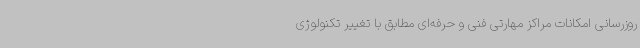
روزرسانی امکانات مراکز مهارتی فنی و حرفه‌ای مطابق با تغییر تکنولوژی